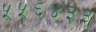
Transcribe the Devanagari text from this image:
५५६४३३